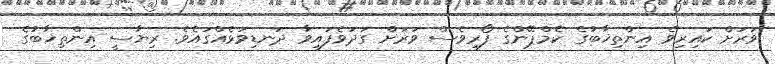
ވަރަށް ކައިރިވެ އިންތިޚާބުގެ ކެމްޕޭންގެ ފޯރިވެސް ވަރަށް ގަދަވެފައިވާ ދަނޑިވަޅެއްގައެވެ. ރިޔާސީ އިންތިޚާބުގެ